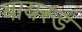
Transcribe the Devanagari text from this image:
बायस्ड